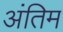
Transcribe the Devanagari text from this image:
अंतिम